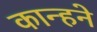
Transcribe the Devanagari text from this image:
कान्हने